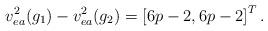
LaTeX: \begin{align*} v_{ea}^2(g_1)-v_{ea}^2(g_2)=\left[6p-2,6p-2\right]^T.\end{align*}